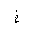
Letter: _kha